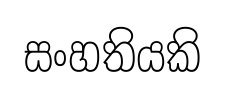
සංහතියකි